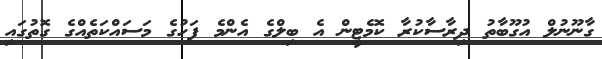
ގާނޫނުލް އުގޫބާތު ދިރާސާކުރާ ކޮމެޓީން އެ ބިލްގެ އެންމެ ފަހުގެ މަސައްކަތެއްގެ ގޮތުގައި